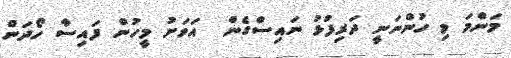
މަންމަ މި ހުންނަނީ ދަރިފުޅު ނައިސްގެން  އަވަށު މީހުން ފައިސާ ހޯދަން